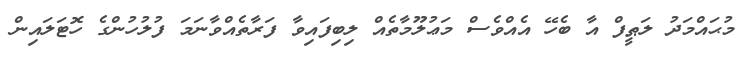
މުޙައްމަދު ލަޠީފް އާ ބެހޭ އެއްވެސް މަޢުލޫމާތެއް ލިބިފައިވާ ފަރާތެއްވާނަމަ ފުލުހުންގެ ހޮޓަލައިން